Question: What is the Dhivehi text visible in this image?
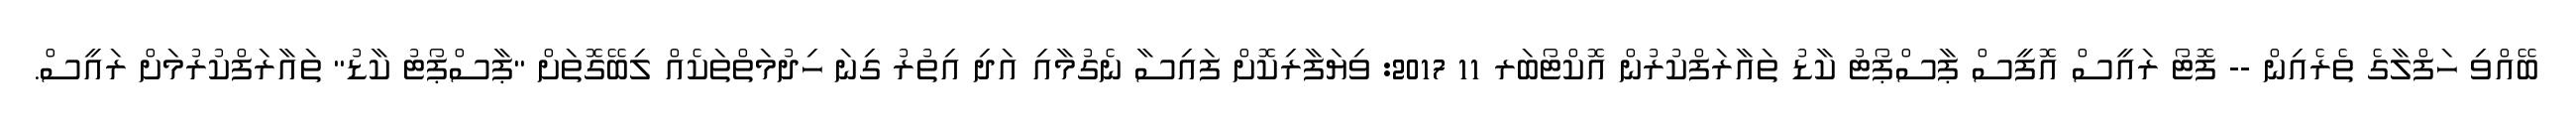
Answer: ބޭއްވި ހަފްލާގެ ތެރެއިން -- ފޮޓޯ ރައީސް އޮފީސް ޕާސްޕޯޓު ކާޑު ތައާރަފްކުރުން އޮކްޓޯބަރ 11 2017: ވިޔަފާރިކޮށް ފައިސާ ނެގުމާއި އަދި އިތުރު ގިނަ ހިދުމަތްތަކެއް ލިބޭގޮތަށް "ޕާސްޕޯޓު ކާޑު" ތައާރަފްކުރުމަށް ރައީސް.